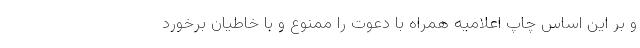
و بر این اساس چاپ اعلامیه همراه با دعوت را ممنوع و با خاطیان برخورد